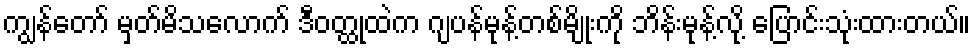
ကျွန်တော် မှတ်မိသလောက် ဒီဝတ္ထုထဲက ဂျပန်မုန့်တစ်မျိုးကို ဘိန်းမုန့်လို့ ပြောင်းသုံးထားတယ်။